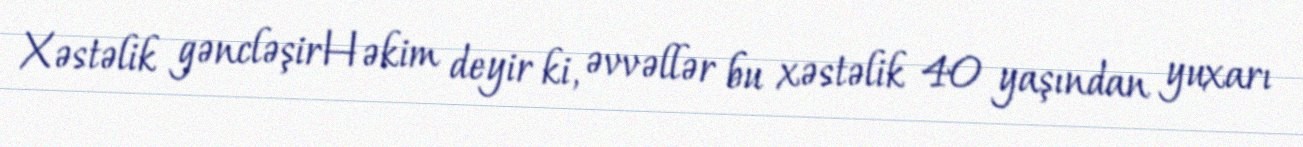
Xəstəlik gəncləşirHəkim deyir ki, əvvəllər bu xəstəlik 40 yaşından yuxarı